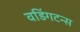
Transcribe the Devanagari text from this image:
वडिंगटन्स